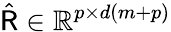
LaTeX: \hat{{\sf R}}\in\mathbb{R}^{p\times d(m+p)}